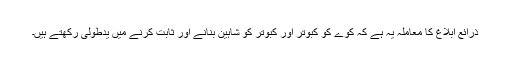
ذرائع ابلاغ کا معاملہ یہ ہے کہ کوے کو کبوتر اور کبوتر کو شاہین بنانے اور ثابت کرنے میں یدطولیٰ رکھتے ہیں۔